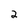
Character: 2